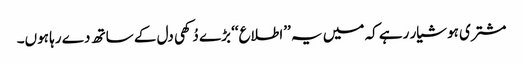
مشتری ہوشیار رہے کہ میں یہ ’’اطلاع‘‘ بڑے دُکھی دل کے ساتھ دے رہا ہوں۔